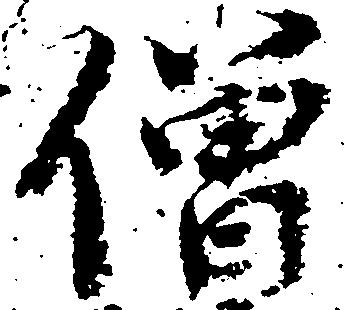
僧